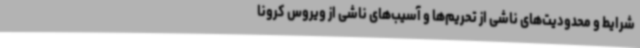
شرایط و محدودیت‌های ناشی از تحریم‌ها و آسیب‌های ناشی از ویروس کرونا